Scottish Leaving Certificate Examination, 1951
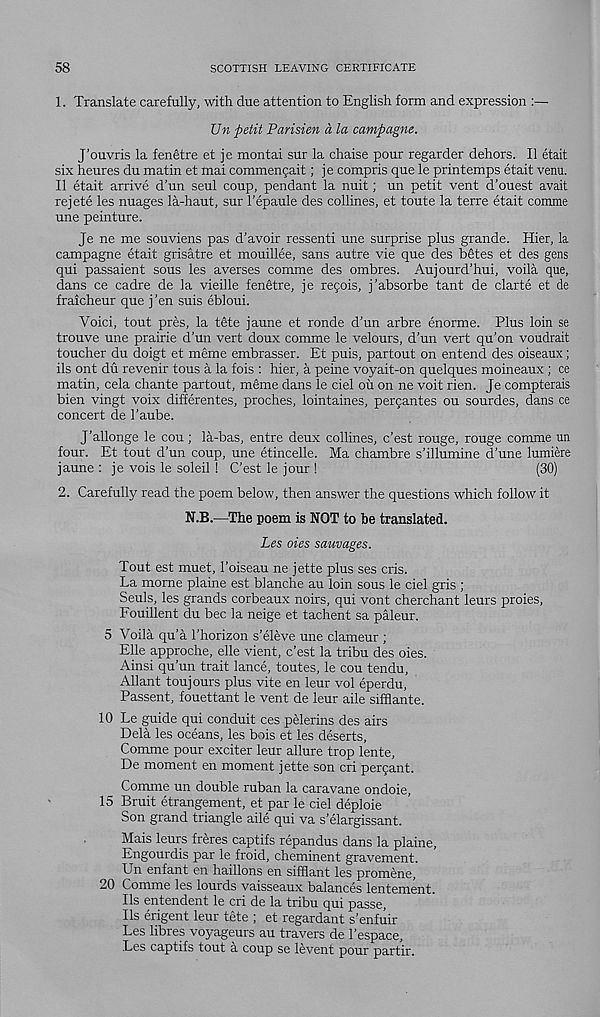
58
SCOTTISH LEAVING CERTIFICATE
1. Translate carefully, with due attention to English form and expression
Un petit Parisien a la campagne.
J’ouvris la fenetre et je montai sur la chaise pour regarder dehors. II etait
six heures du matin et mai commengait; je compris que le printemps etait venu.
11 etait arrive d’un seul coup, pendant la nuit; un petit vent d’ouest avait
rejete les nuages la-haut, sur 1’epaule des collines, et toute la terre etait comme
une peinture.
Je ne me souviens pas d’avoir ressenti une surprise plus grande. Hier, la
campagne etait grisatre et mouillee, sans autre vie que des b£tes et des gens
qui passaient sous les averses comme des ombres. Aujourd’hui, voila que,
dans ce cadre de la vieille fenetre, je reqois, j’absorbe tant de clarte et de
fraicheur que j’en suis ebloui.
Voici, tout pres, la t§te jaune et ronde d’un arbre enorme. Plus loin se
trouve une prairie d’un vert doux comme le velours, d’un vert qu’on voudrait
toucher du doigt et meme embrasser. Et puis, partout on entend des oiseaux;
ils ont du revenir tous a la fois : hier, a peine voyait-on quelques moineaux; ce
matin, cela chante partout, mtaie dans le ciel oil on ne voit rien. Je compterais
bien vingt voix differentes, proches, lointaines, perqantes ou sourdes, dans ce
concert de 1’aube.
J’allonge le cou; la-bas, entre deux collines, c’est rouge, rouge comme un
four. Et tout d’un coup, une etincelle. Ma chambre s’illumine d’une lumiere
jaune : je vois le soleil ! C’est le jour !
(30)
2. Carefully read the poem below, then answer the questions which follow it
N.B.—The poem is NOT to he translated.
Les oies sauvages.
Tout est muet, 1’oiseau ne jette plus ses cris.
La mome plaine est blanche au loin sous le ciel gris ;
Seuls, les grands corbeaux noirs, qui vont cherchant leurs proies,
Fouillent du bee la neige et tachent sa paleur.
5 Voila qu'a I’horizon s’eleve une clameur ;
Elle approche, elle vient, c’est la tribu des oies.
Ainsi qu’un trait lance, toutes, le cou tendu,
Allant toujours plus vite en leur vol eperdu,
Passent, fouettant le vent de leur aile sifflante.
10 Le guide qui conduit ces pelerins des airs
Dela les oceans, les bois et les deserts,
Comme pour exciter leur allure trop lente,
De moment en moment jette son cri perqant.
Comme un double ruban la caravane ondoie,
15 Bruit etrangement, et par le ciel deploie
Son grand triangle aile qui va s’elargissant.
Mais leurs freres captifs repandus dans la plaine,
Engourdis par le froid, cheminent gravement.
Un enfant en haillons en sifflant les promene,
20 Comme les lourds vaisseaux balances lentement.
Ils entendent le cri de la tribu qui passe,
Ils erigent leur tete ; et regardant s’enfuir
Les libres voyageurs au travers de 1’espace,
Les captifs tout a coup se levent pour partir.